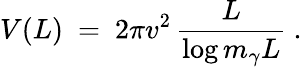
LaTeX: V(L)\ =\ 2\pi v^{2}\, \frac L{\log{m_{\gamma}L}}\ .